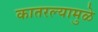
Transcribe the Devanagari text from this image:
कातरल्यामुळे